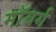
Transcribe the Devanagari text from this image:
माॅबर्ग